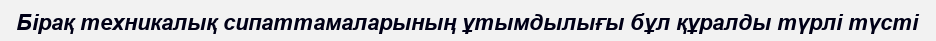
Бірақ техникалық сипаттамаларының ұтымдылығы бұл құралды түрлі түсті